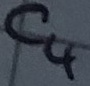
Text: C4